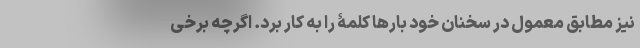
نیز مطابق معمول در سخنان خود بارها کلمۀ را به کار برد. اگرچه برخی